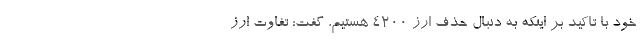
خود با تاکید بر اینکه به دنبال حذف ارز ۴۲۰۰ هستیم، گفت: تفاوت ارز